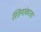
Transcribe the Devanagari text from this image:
स्त्रियांकरता